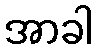
အာခါ